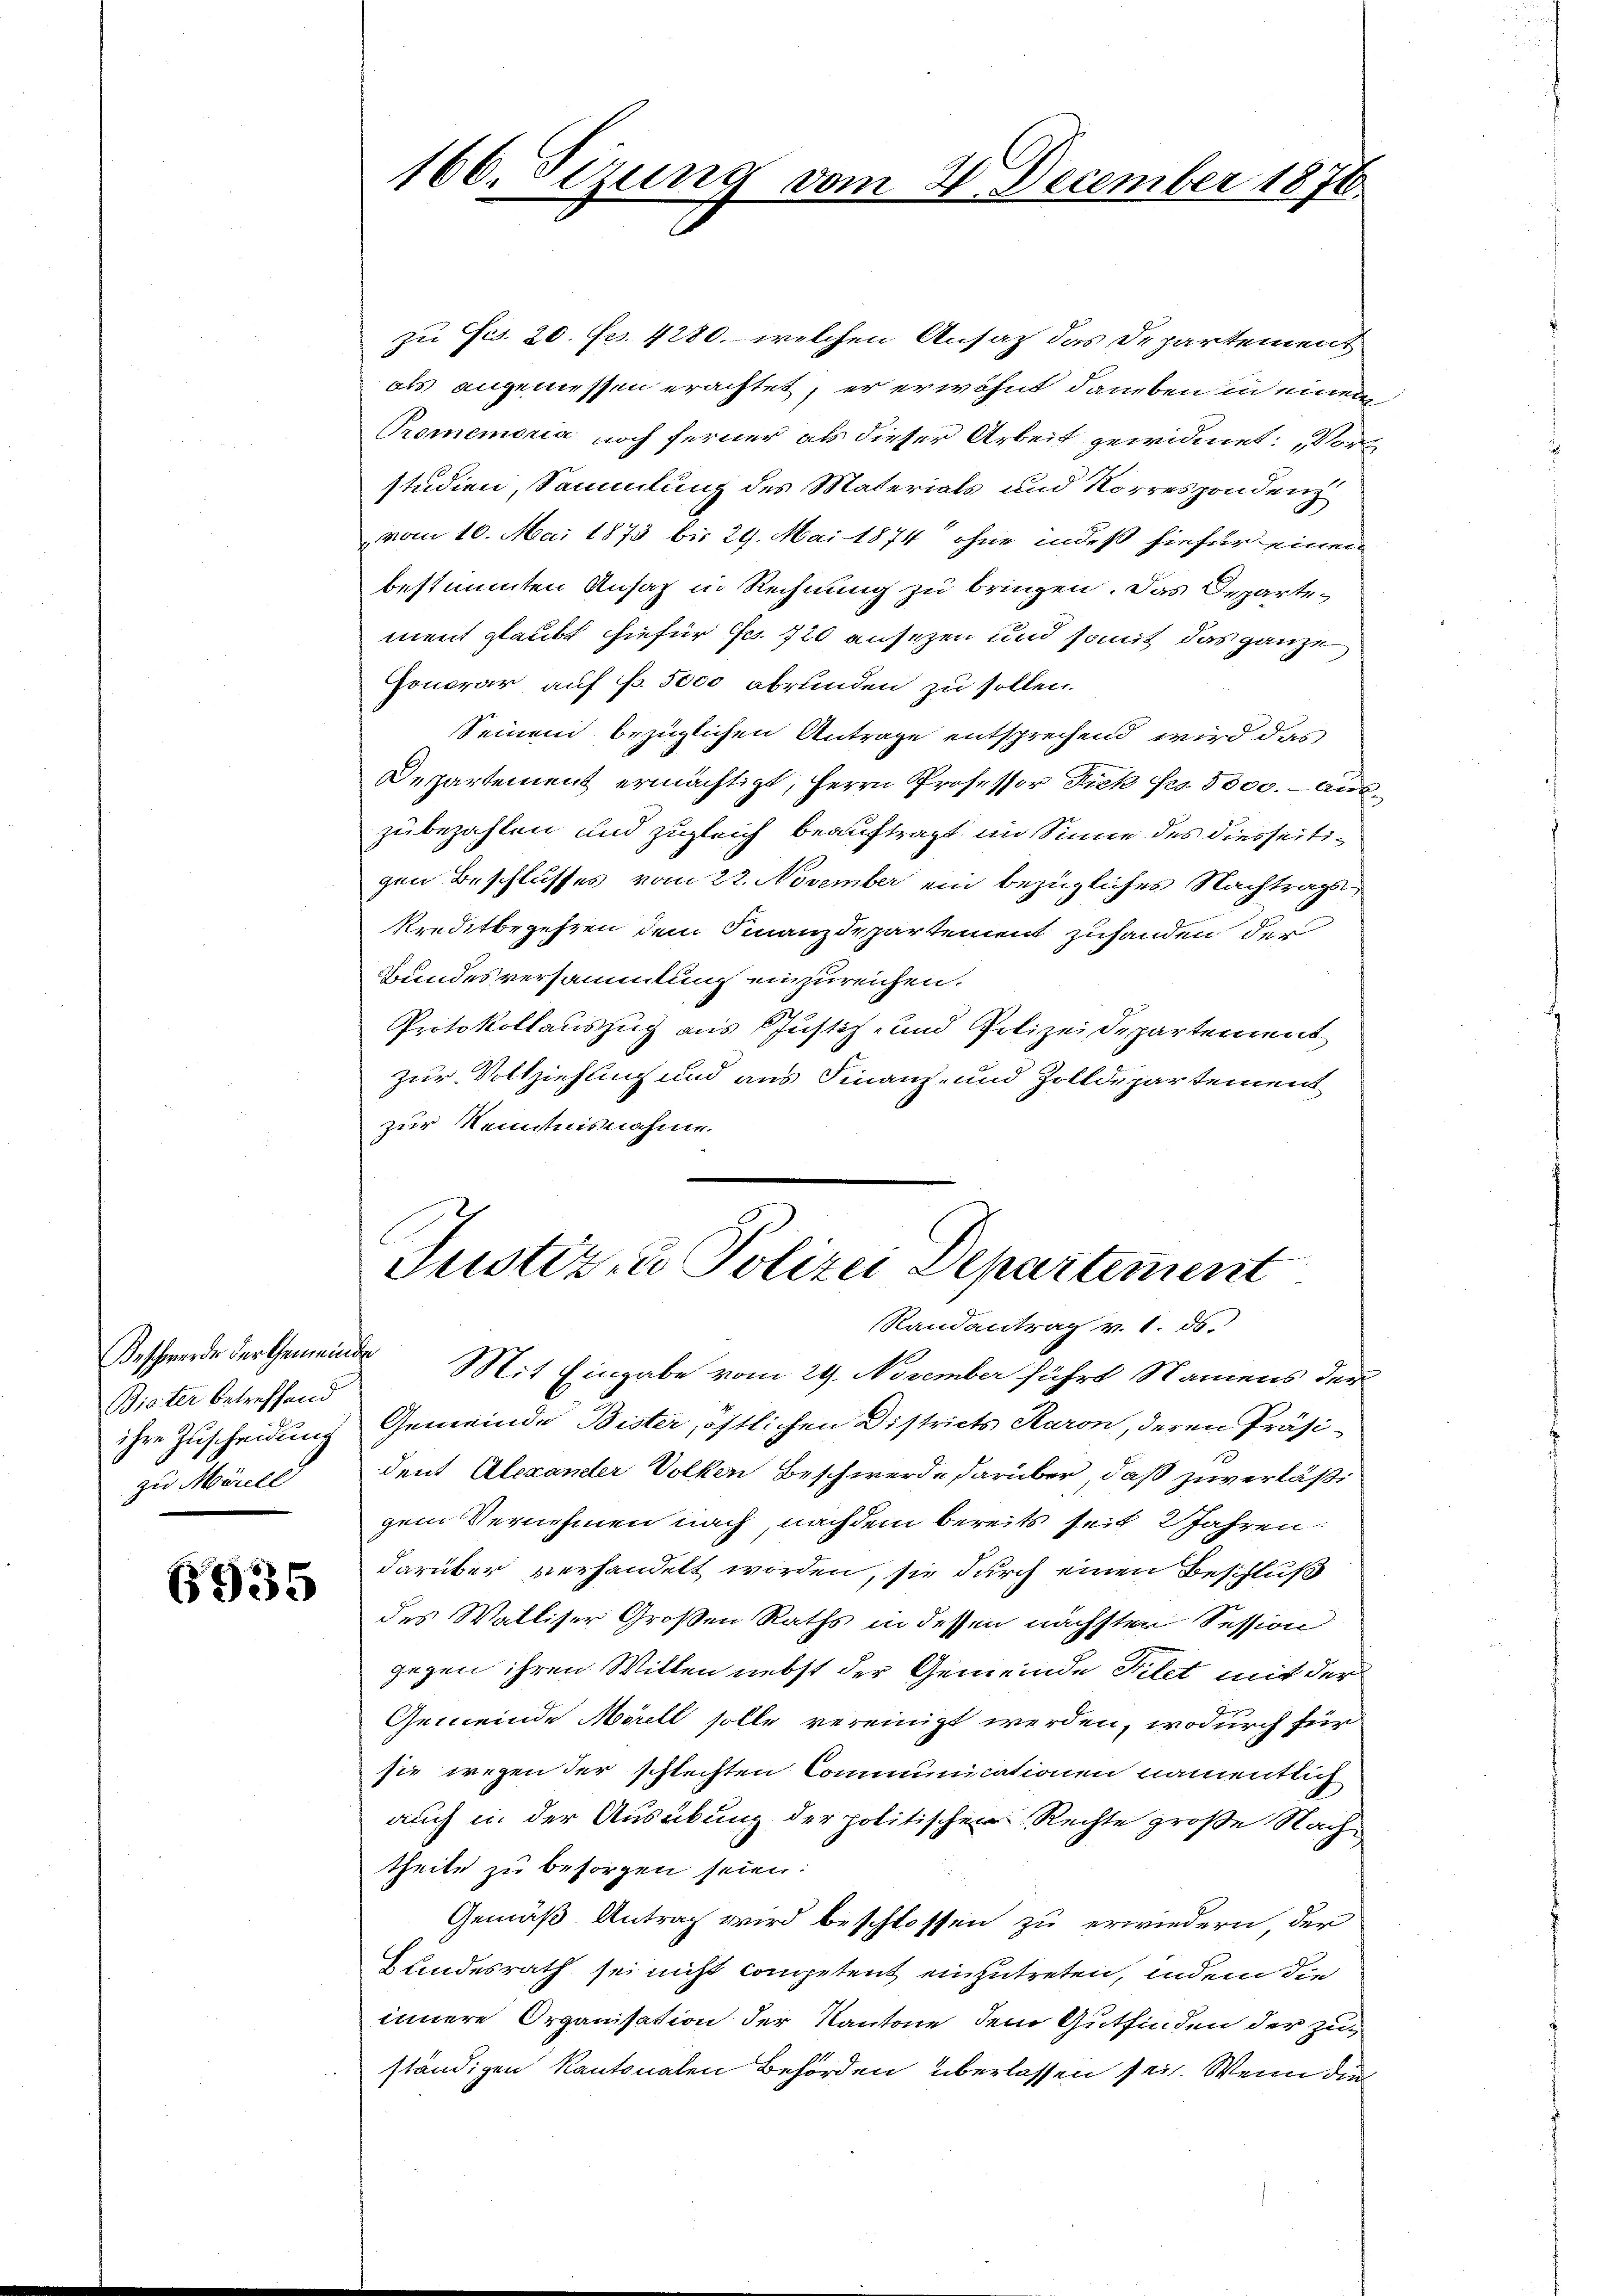
Beschwerde der Gemeinde
Biater betreffend
ihre Zuscheidung
zu Morell

935

166. Sizung.

Tom

zu Fis. 20. Fr. 4280. welchen Ansatz das Departement
als angemessen erachtet, er erwähnt, daneben in einem
Promemoria noch ferner als dieser Arbeit gewidmet: „Vor
studien, Sammlung des Materials und Korrespondenz
vom 10. Mai 1873 bis 29. Mai 1874 ohne indeß hiefür einen
bestimmten Ansatz in Rechnung zu bringen. Das Departe-
ment glaubt hiefür Fr. 720 ansezen und somit das ganze
Honorar auf fr. 5000 abrunden zu sollen.
Seinem bezüglichen Antrage entsprechend wird das
Departement ermächtigt, Herrn Professor Fick Fco. 5000. Auszubezahlen und zugleich beauftragt im Sinne des diesseitigen Beschlusses vom 22. November ein bezügliches Nachtrags
kreditbegehren dem Finanzdepartement zuhanden der
Bundesversammlung einzureichen.
Protokollauszug aus Justiz- und Polizeidepartement
zur Vollziehung und aus Finanz- und Zolldepartement
zur Kenntnisnahme

2 December 1870.

Justiz- u Polizei Departement
Randantrag v. 1. ds.

Mit Eingabe vom 29. November führt Namens der
Gemeinde Bister, östlichen Districts Karon, deren Präsident Alexander Volken Beschwerde darüber, daß zuverläßi
gem Vernehmen nach, nachdem bereits seit 2 Jahren
darüber verhandelt worden, sie durch einen Beschluß
des Walliser Großen Raths in dessen nächsten Session
gegen ihren Willen nebst der Gemeinde Filet mit der
Gemeinde Morell solle vereinigt werden, wodurch für
sie wegen der schlechten Communicationen namentlich
auch in der Ausübung der politischen Rechte große Nachtheile zu besorgen seien:
Gemäß Antrag wird beschlossen zu erwiedern der
Bundesrath sei nicht competent einzutreten, indem die
innere Organisation der Kantone dem Gutfinden der zuständigen kantonalen Behörden überlassen sei. Wenn die